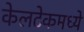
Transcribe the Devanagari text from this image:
केलटेकमध्ये